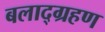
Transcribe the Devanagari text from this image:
बलाद्ग्रहण